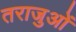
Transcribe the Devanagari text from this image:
तराजुओं